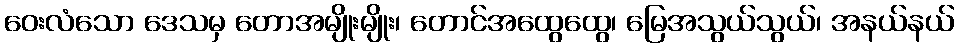
ဝေးလံသော ဒေသမှ တောအမျိုးမျိုး၊ တောင်အထွေထွေ၊ မြေအသွယ်သွယ်၊ အနယ်နယ်